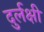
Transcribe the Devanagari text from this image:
दुर्लक्षी